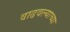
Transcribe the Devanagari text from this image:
वाढवल्याच्या